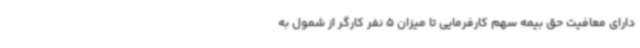
دارای معافیت حق بیمه سهم کارفرمایی تا میزان 5 نفر کارگر از شمول به